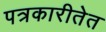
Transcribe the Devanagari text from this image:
पत्रकारीतेत